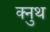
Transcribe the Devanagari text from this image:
क्नुथ